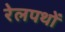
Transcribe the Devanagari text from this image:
रेलपथों